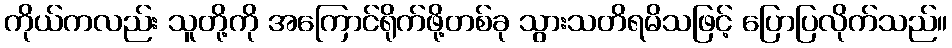
ကိုယ်ကလည်း သူတို့ကို အကြောင်ရိုက်ဖို့တစ်ခု သွားသတိရမိသဖြင့် ပြောပြလိုက်သည်။